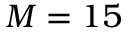
M = 1 5